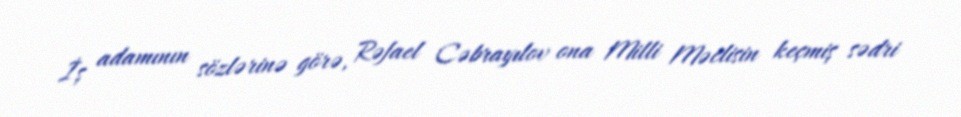
İş adamının sözlərinə görə, Rəfael Cəbrayılov ona Milli Məclisin keçmiş sədri